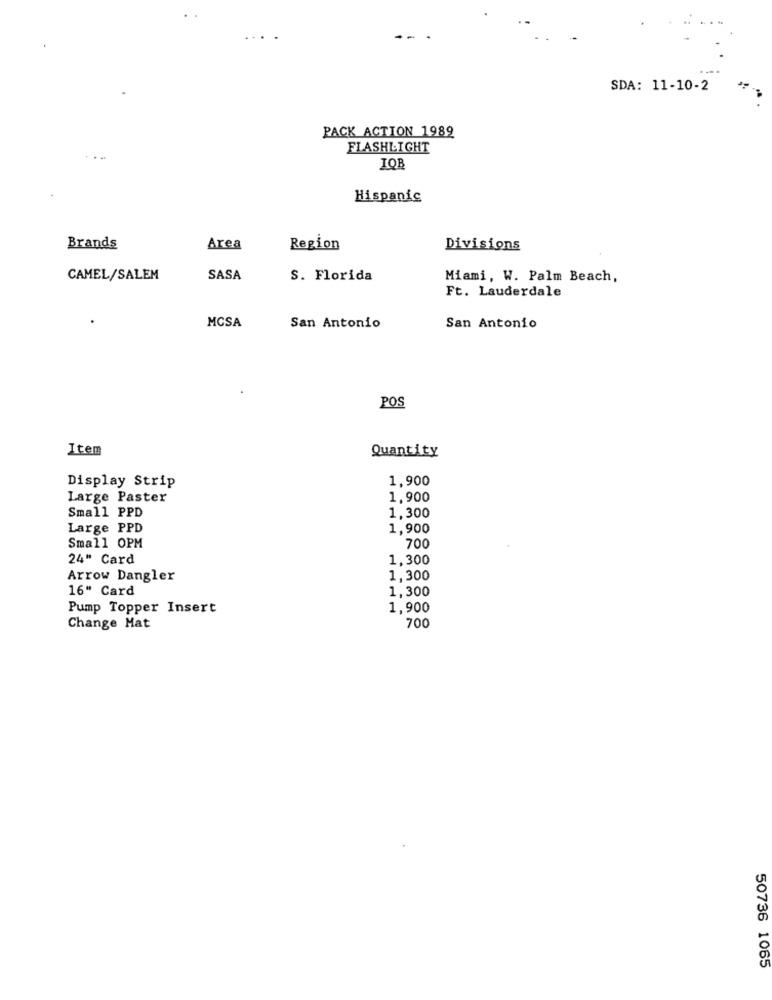
-.
SDA: 11-10-2
PACK ACTION 1989
FLASHLIGHT
IQB
Hispanic
Brands
Area
Region
Divisions
CAMEL/SALEM
SASA
S. Florida
Miami, W. Palm Beach,
Ft. Lauderdale
MCSA
San Antonio
San Antonio
POS
Item
Quantity
1,900
Display Strip
Large Paster
1,900
Small PPD
1,300
Large PPD
1,900
700
Small OPM
24" Card
1,300
Arrow Dangler
1,300
16" Card
1,300
Pump Topper Insert
1,900
700
Change Mat
50736 1065